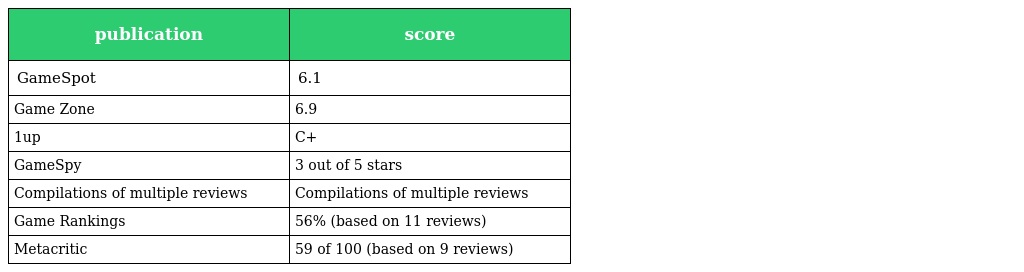
| publication | score |
 | --- | --- |
 | GameSpot | 6.1 |
 | Game Zone | 6.9 |
 | 1up | C+ |
 | GameSpy | 3 out of 5 stars |
 | Compilations of multiple reviews | Compilations of multiple reviews |
 | Game Rankings | 56% (based on 11 reviews) |
 | Metacritic | 59 of 100 (based on 9 reviews) |